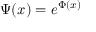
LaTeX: \Psi ( x ) = e ^ { \Phi ( x ) }